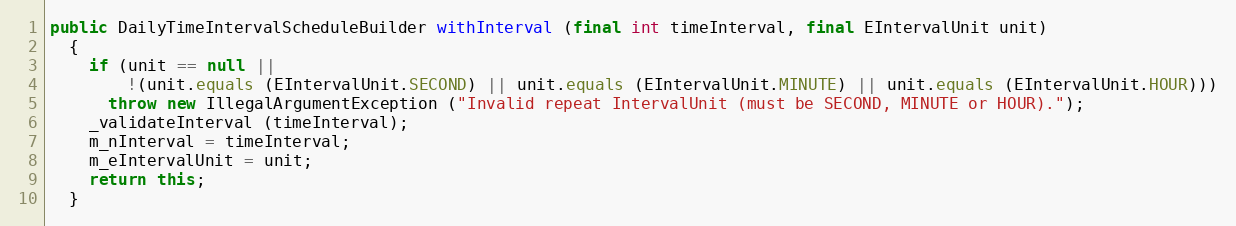
Language: Java
public DailyTimeIntervalScheduleBuilder withInterval (final int timeInterval, final EIntervalUnit unit)
  {
    if (unit == null ||
        !(unit.equals (EIntervalUnit.SECOND) || unit.equals (EIntervalUnit.MINUTE) || unit.equals (EIntervalUnit.HOUR)))
      throw new IllegalArgumentException ("Invalid repeat IntervalUnit (must be SECOND, MINUTE or HOUR).");
    _validateInterval (timeInterval);
    m_nInterval = timeInterval;
    m_eIntervalUnit = unit;
    return this;
  }